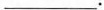
___.